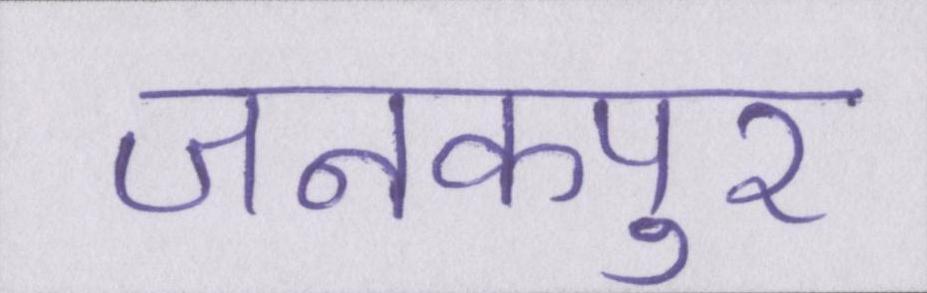
जनकपुर